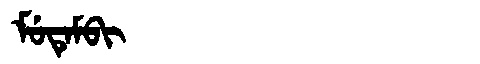
Manchu: ᠮᡠᡨᡝᠮᠪᡳ
Romanization: MUTEMBI